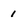
Character: 1